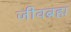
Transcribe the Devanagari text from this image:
जीवब्रह्म